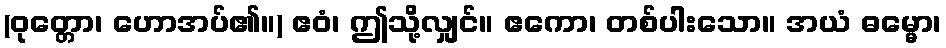
(ဝုတ္တော၊ ဟောအပ်၏။) ဧဝံ၊ ဤသို့လျှင်။ ဧကော၊ တစ်ပါးသော။ အယံ ဓမ္မော၊